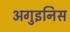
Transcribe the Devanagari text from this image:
अगुइनिस